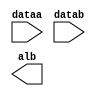
// megafunction wizard: %LPM_COMPARE%VBB%
// GENERATION: STANDARD
// VERSION: WM1.0
// MODULE: lpm_compare 

// ============================================================
// Megafunction Name(s):
// 			lpm_compare
//
// Simulation Library Files(s):
// 			lpm
// ============================================================
// ************************************************************
// THIS IS A WIZARD-GENERATED FILE. DO NOT EDIT THIS FILE!
//
// 9.0 Build 132 02/25/2009 SJ Web Edition
// ************************************************************

//Copyright (C) 1991-2009 Altera Corporation
//Your use of Altera Corporation's design tools, logic functions 
//and other software and tools, and its AMPP partner logic 
//functions, and any output files from any of the foregoing 
//(including device programming or simulation files), and any 
//associated documentation or information are expressly subject 
//to the terms and conditions of the Altera Program License 
//Subscription Agreement, Altera MegaCore Function License 
//Agreement, or other applicable license agreement, including, 
//without limitation, that your use is for the sole purpose of 
//programming logic devices manufactured by Altera and sold by 
//Altera or its authorized distributors.  Please refer to the 
//applicable agreement for further details.

module compare (
	dataa,
	datab,
	alb);

	input	[31:0]  dataa;
	input	[31:0]  datab;
	output	  alb;

endmodule

// ============================================================
// CNX file retrieval info
// ============================================================
// Retrieval info: PRIVATE: AeqB NUMERIC "0"
// Retrieval info: PRIVATE: AgeB NUMERIC "0"
// Retrieval info: PRIVATE: AgtB NUMERIC "0"
// Retrieval info: PRIVATE: AleB NUMERIC "0"
// Retrieval info: PRIVATE: AltB NUMERIC "1"
// Retrieval info: PRIVATE: AneB NUMERIC "0"
// Retrieval info: PRIVATE: INTENDED_DEVICE_FAMILY STRING "Stratix II"
// Retrieval info: PRIVATE: LPM_PIPELINE NUMERIC "0"
// Retrieval info: PRIVATE: Latency NUMERIC "0"
// Retrieval info: PRIVATE: PortBValue NUMERIC "0"
// Retrieval info: PRIVATE: Radix NUMERIC "10"
// Retrieval info: PRIVATE: SYNTH_WRAPPER_GEN_POSTFIX STRING "0"
// Retrieval info: PRIVATE: SignedCompare NUMERIC "0"
// Retrieval info: PRIVATE: aclr NUMERIC "0"
// Retrieval info: PRIVATE: clken NUMERIC "0"
// Retrieval info: PRIVATE: isPortBConstant NUMERIC "0"
// Retrieval info: PRIVATE: nBit NUMERIC "32"
// Retrieval info: CONSTANT: LPM_REPRESENTATION STRING "UNSIGNED"
// Retrieval info: CONSTANT: LPM_TYPE STRING "LPM_COMPARE"
// Retrieval info: CONSTANT: LPM_WIDTH NUMERIC "32"
// Retrieval info: USED_PORT: AlB 0 0 0 0 OUTPUT NODEFVAL AlB
// Retrieval info: USED_PORT: dataa 0 0 32 0 INPUT NODEFVAL dataa[31..0]
// Retrieval info: USED_PORT: datab 0 0 32 0 INPUT NODEFVAL datab[31..0]
// Retrieval info: CONNECT: AlB 0 0 0 0 @AlB 0 0 0 0
// Retrieval info: CONNECT: @dataa 0 0 32 0 dataa 0 0 32 0
// Retrieval info: CONNECT: @datab 0 0 32 0 datab 0 0 32 0
// Retrieval info: LIBRARY: lpm lpm.lpm_components.all
// Retrieval info: GEN_FILE: TYPE_NORMAL compare.v TRUE
// Retrieval info: GEN_FILE: TYPE_NORMAL compare.inc TRUE
// Retrieval info: GEN_FILE: TYPE_NORMAL compare.cmp FALSE
// Retrieval info: GEN_FILE: TYPE_NORMAL compare.bsf TRUE FALSE
// Retrieval info: GEN_FILE: TYPE_NORMAL compare_inst.v FALSE
// Retrieval info: GEN_FILE: TYPE_NORMAL compare_bb.v TRUE
// Retrieval info: GEN_FILE: TYPE_NORMAL compare_waveforms.html TRUE
// Retrieval info: GEN_FILE: TYPE_NORMAL compare_wave*.jpg FALSE
// Retrieval info: LIB_FILE: lpm